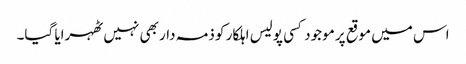
اس میں موقع پر موجود کسی پولیس اہلکار کو ذمہ دار بھی نہیں ٹھہرایا گیا۔